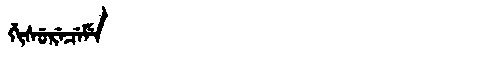
Manchu: ᡤᡳᠰᡠᡵᡝᠴᡝᠮᡝ
Romanization: GISURECEME